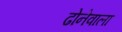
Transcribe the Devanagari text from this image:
ढोनेवाला